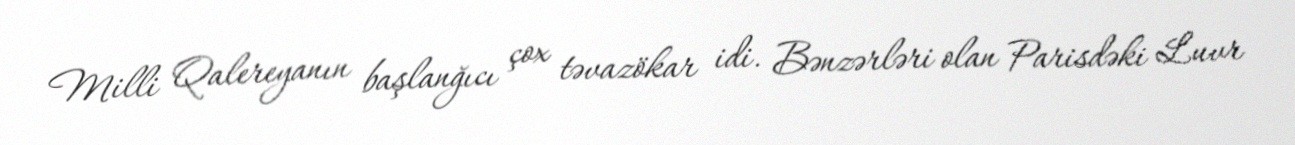
Milli Qalereyanın başlanğıcı çox təvazökar idi. Bənzərləri olan Parisdəki Luvr